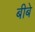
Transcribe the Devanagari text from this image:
बीबे